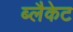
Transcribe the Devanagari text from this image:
ब्लैकेट